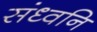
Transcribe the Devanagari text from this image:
संध्वनि